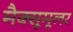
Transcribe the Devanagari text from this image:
मैक्सूमूलर